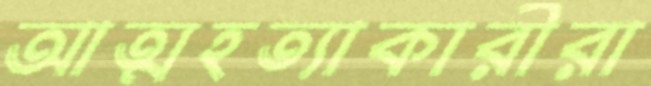
আত্মহত্যাকারীরা